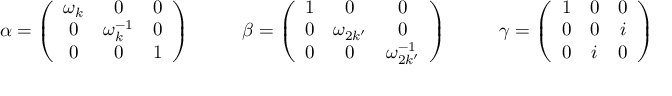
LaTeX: \alpha = \left( \begin{array} { c c c } { { \omega _ { k } } } & { { 0 } } & { { 0 } } \\ { { 0 } } & { { \omega _ { k } ^ { - 1 } } } & { { 0 } } \\ { { 0 } } & { { 0 } } & { { 1 } } \end{array} \right) ~ ~ ~ ~ ~ ~ ~ ~ \beta = \left( \begin{array} { c c c } { { 1 } } & { { 0 } } & { { 0 } } \\ { { 0 } } & { { \omega _ { 2 k ^ { \prime } } } } & { { 0 } } \\ { { 0 } } & { { 0 } } & { { \omega _ { 2 k ^ { \prime } } ^ { - 1 } } } \end{array} \right) ~ ~ ~ ~ ~ ~ ~ ~ \gamma = \left( \begin{array} { c c c } { { 1 } } & { { 0 } } & { { 0 } } \\ { { 0 } } & { { 0 } } & { { i } } \\ { { 0 } } & { { i } } & { { 0 } } \end{array} \right)